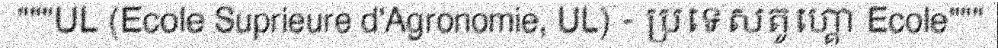
"""UL (Ecole Suprieure d'Agronomie, UL) - ប្រទេសតូហ្គោ Ecole"""